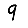
Digit: 9